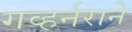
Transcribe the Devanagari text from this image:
गव्हर्नराने